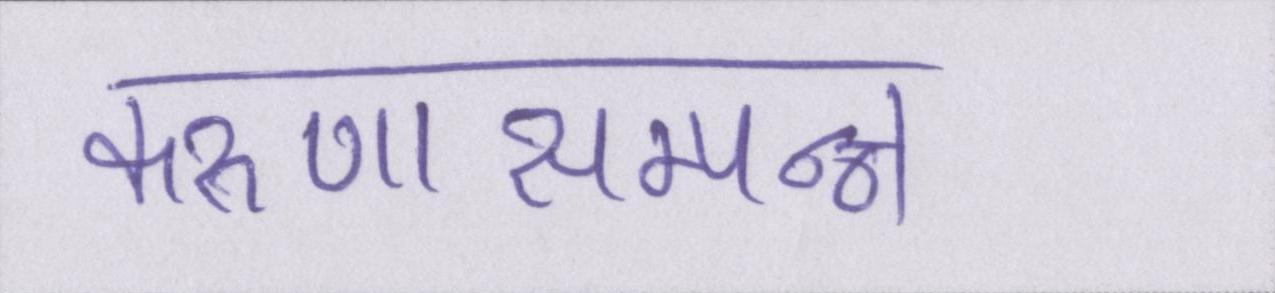
करुणासम्पन्न